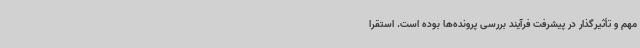
مهم و تأثیرگذار در پیشرفت فرآیند بررسی پرونده‌ها بوده است. استقرا